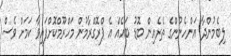
ލިބެމުންދާ އަންހެނުންގެ ތެރެއިން ބޮޑު ބައެއް އެ ޕްރޮގްރާމުން މަހްރޫމްކޮށްފައިވާ ކަމަށް ވެސް